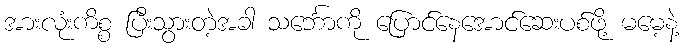
အားလုံးကိစ္စ ပြီးသွားတဲ့အခါ သင်္ဘောကို ပြောင်နေအောင်ဆေးပစ်ဖို့ မမေ့နဲ့